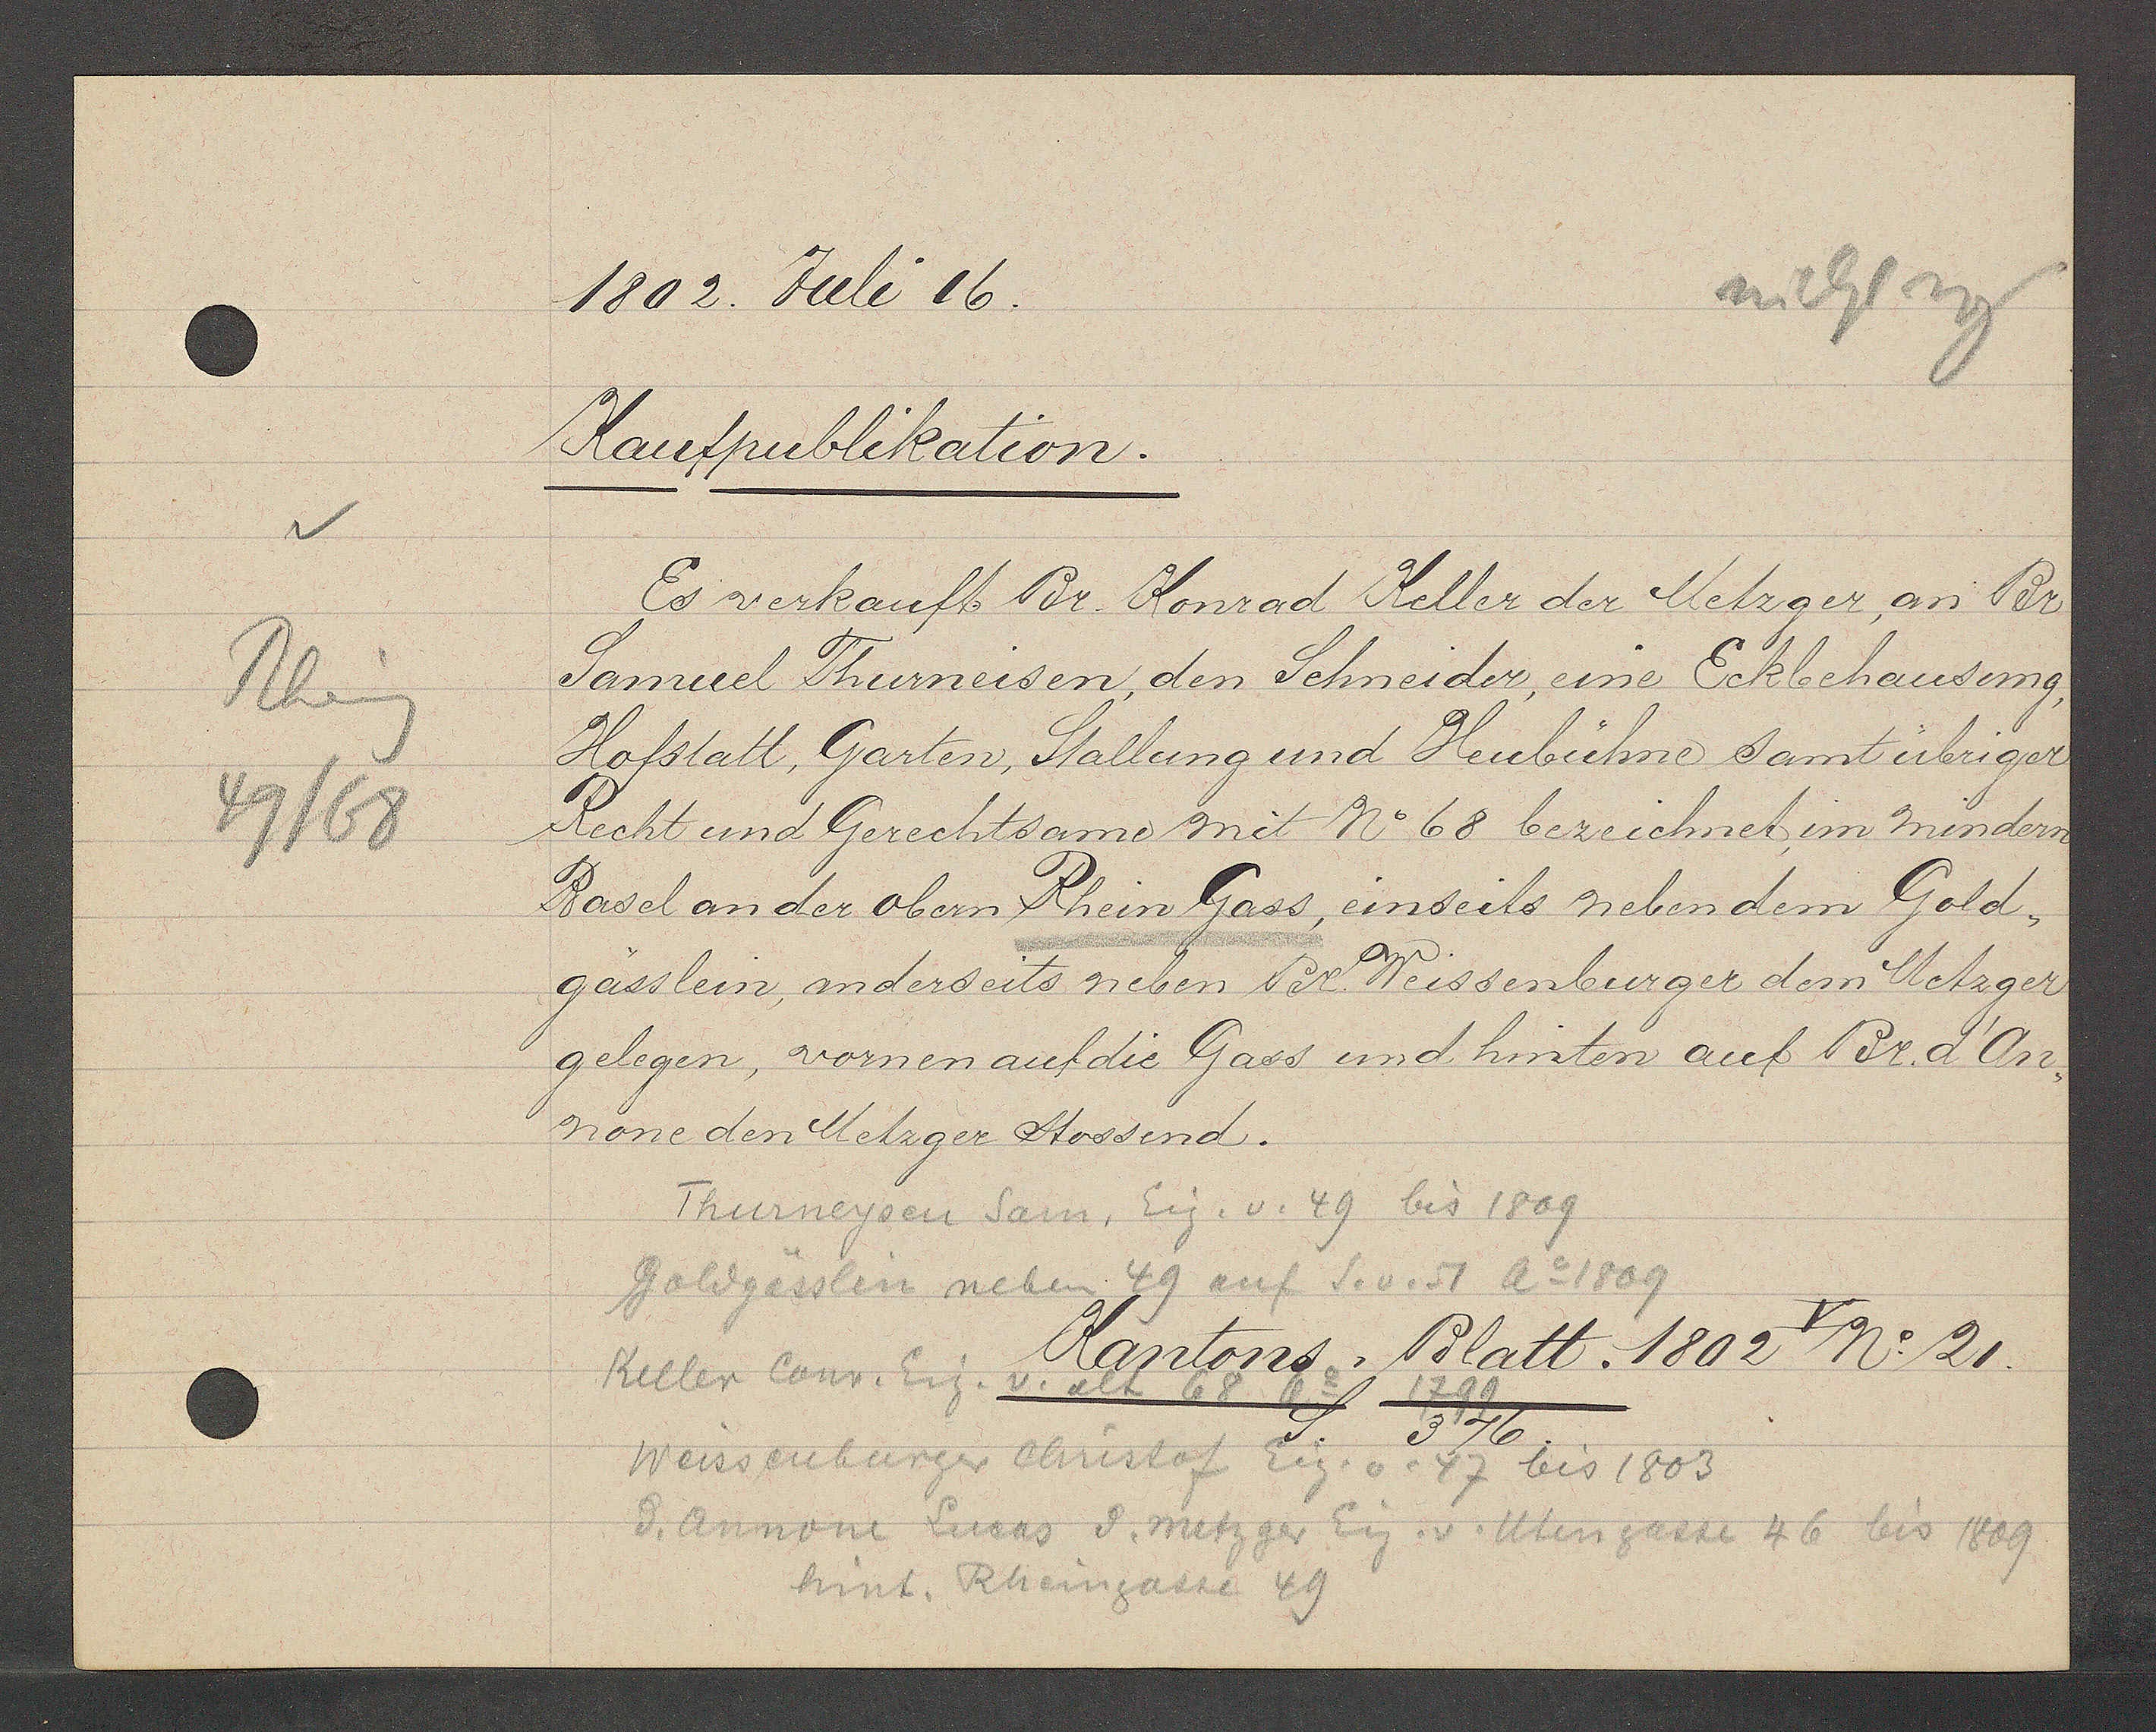
Transcript:
Rheing
49/68

1802. Juli 16.

Kaufpublikation.
Es verkauft Br. Konrad Keller der Metzger, an Br.
Samuel Thurneisen, den Schneider, eine Eckbehausung,
Hofstatt, Garten, Stallung und Heubühne samt übriger
Recht und Gerechtsame mit No 68 bezeichmeb im mindern
Basel an der oben Rhein Gass, einseits neben dem Gold¬
gässlein, anderseits neben Br. Weissenburger dem Metzger
gelegen, vornen auf die Gass und hinten auf Br. d'An¬
none den Metzger stossend.

Thurneysen Sam. Eig. v. 49 bis 1809
Goldgässlein neben 49 auf S.v. 51 Ao 1809

Keller Conr. Eig. v. alt 68 ao 1799

Kantons, Blatt. 1802 V No 21.
S. 376.

Weissenburger christof Eig. v. 47 bis 1803
d. annone Lucas d. metzger Eig v. Utengasse 46 bis 1809
hint. Rheingasse 49